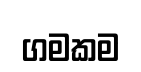
ගමකම